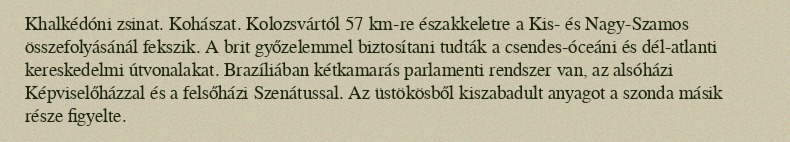
Khalkédóni zsinat. Kohászat. Kolozsvártól 57 km-re északkeletre a Kis- és Nagy-Szamos összefolyásánál fekszik. A brit győzelemmel biztosítani tudták a csendes-óceáni és dél-atlanti kereskedelmi útvonalakat. Brazíliában kétkamarás parlamenti rendszer van, az alsóházi Képviselőházzal és a felsőházi Szenátussal. Az üstökösből kiszabadult anyagot a szonda másik része figyelte.